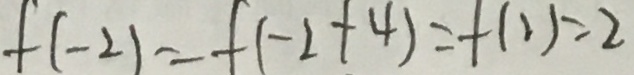
f ( - 2 ) = f ( - 2 + 4 ) = - ( 2 ) = 2